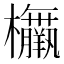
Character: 𣡅